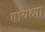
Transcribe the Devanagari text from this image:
पायथ्या